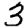
Digit: 3